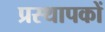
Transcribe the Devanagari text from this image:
प्रस्थापकों